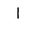
Letter: _alif